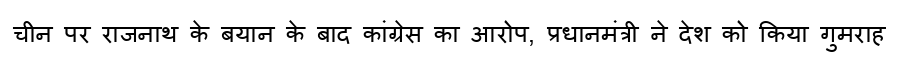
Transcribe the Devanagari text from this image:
चीन पर राजनाथ के बयान के बाद कांग्रेस का आरोप, प्रधानमंत्री ने देश को किया गुमराह